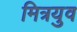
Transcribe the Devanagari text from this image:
मित्रयुव